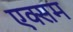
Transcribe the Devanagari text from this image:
एक्सम